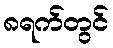
၈ရက်တွင်